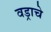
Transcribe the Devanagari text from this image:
वड्राचे